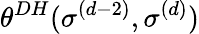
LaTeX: \theta^{DH}(\sigma^{(d-2)},\sigma^{(d)})